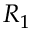
R _ { 1 }